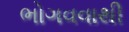
ભોગવવાથી